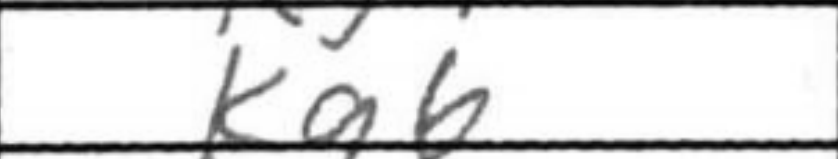
Transcription: Kg6